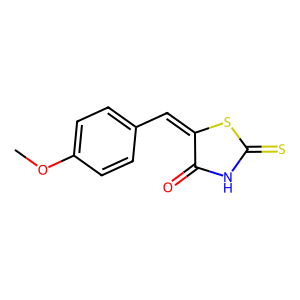
SMILES: COc1ccc(C=C2SC(=S)NC2=O)cc1
Inhibits HIV replication: No